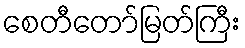
စေတီတော်မြတ်ကြီး